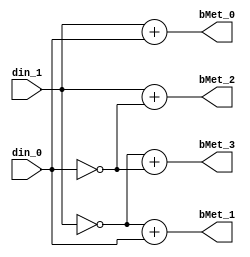
// -------------------------------------------------------------
// 
// 
// Generated by MATLAB 9.13 and HDL Coder 4.0
// 
// -------------------------------------------------------------


// -------------------------------------------------------------
// 
// Module: BranchMetric
// Source Path: hdlcoder_commviterbi/Subsystem/Viterbi Decoder/BranchMetric
// Hierarchy Level: 2
// 
// Branch Metric Computation
// 
// -------------------------------------------------------------

`timescale 1 ns / 1 ns

module BranchMetric
          (din_0,
           din_1,
           bMet_0,
           bMet_1,
           bMet_2,
           bMet_3);


  input   din_0;  // ufix1
  input   din_1;  // ufix1
  output  [1:0] bMet_0;  // ufix2
  output  [1:0] bMet_1;  // ufix2
  output  [1:0] bMet_2;  // ufix2
  output  [1:0] bMet_3;  // ufix2


  wire [1:0] BMet_adders_1;  // ufix2
  wire [1:0] BMet_adders_2;  // ufix2
  wire [1:0] bMet_entry1;  // ufix2
  wire nsDecmax;  // ufix1
  wire maxsubin2;  // ufix1
  wire [1:0] BMet_adders_4;  // ufix2
  wire [1:0] BMet_adders_5;  // ufix2
  wire [1:0] bMet_entry2;  // ufix2
  wire maxsubin1;  // ufix1
  wire [1:0] BMet_adders_7;  // ufix2
  wire [1:0] BMet_adders_8;  // ufix2
  wire [1:0] bMet_entry3;  // ufix2
  wire [1:0] BMet_adders_10;  // ufix2
  wire [1:0] BMet_adders_11;  // ufix2
  wire [1:0] bMet_entry4;  // ufix2


  assign BMet_adders_1 = {1'b0, din_1};
  assign BMet_adders_2 = {1'b0, din_0};
  assign bMet_entry1 = BMet_adders_1 + BMet_adders_2;



  assign bMet_0 = bMet_entry1;

  // Max value of nsDec data type
  assign nsDecmax = 1'b1;



  assign maxsubin2 = nsDecmax ^ din_1;



  assign BMet_adders_4 = {1'b0, maxsubin2};
  assign BMet_adders_5 = {1'b0, din_0};
  assign bMet_entry2 = BMet_adders_4 + BMet_adders_5;



  assign bMet_1 = bMet_entry2;

  assign maxsubin1 = nsDecmax ^ din_0;



  assign BMet_adders_7 = {1'b0, din_1};
  assign BMet_adders_8 = {1'b0, maxsubin1};
  assign bMet_entry3 = BMet_adders_7 + BMet_adders_8;



  assign bMet_2 = bMet_entry3;

  assign BMet_adders_10 = {1'b0, maxsubin2};
  assign BMet_adders_11 = {1'b0, maxsubin1};
  assign bMet_entry4 = BMet_adders_10 + BMet_adders_11;



  assign bMet_3 = bMet_entry4;

endmodule  // BranchMetric